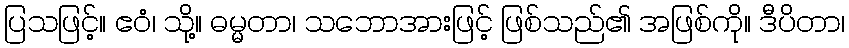
ပြသဖြင့်။ ဧဝံ၊ သို့။ ဓမ္မတာ၊ သဘောအားဖြင့် ဖြစ်သည်၏ အဖြစ်ကို။ ဒီပိတာ၊